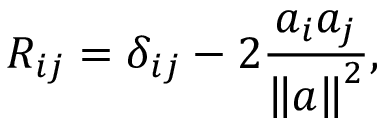
R _ { i j } = \delta _ { i j } - 2 { \frac { a _ { i } a _ { j } } { \left\| a \right\| ^ { 2 } } } ,